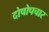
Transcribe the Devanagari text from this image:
दोषोपचार